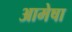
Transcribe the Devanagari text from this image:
आमेषा